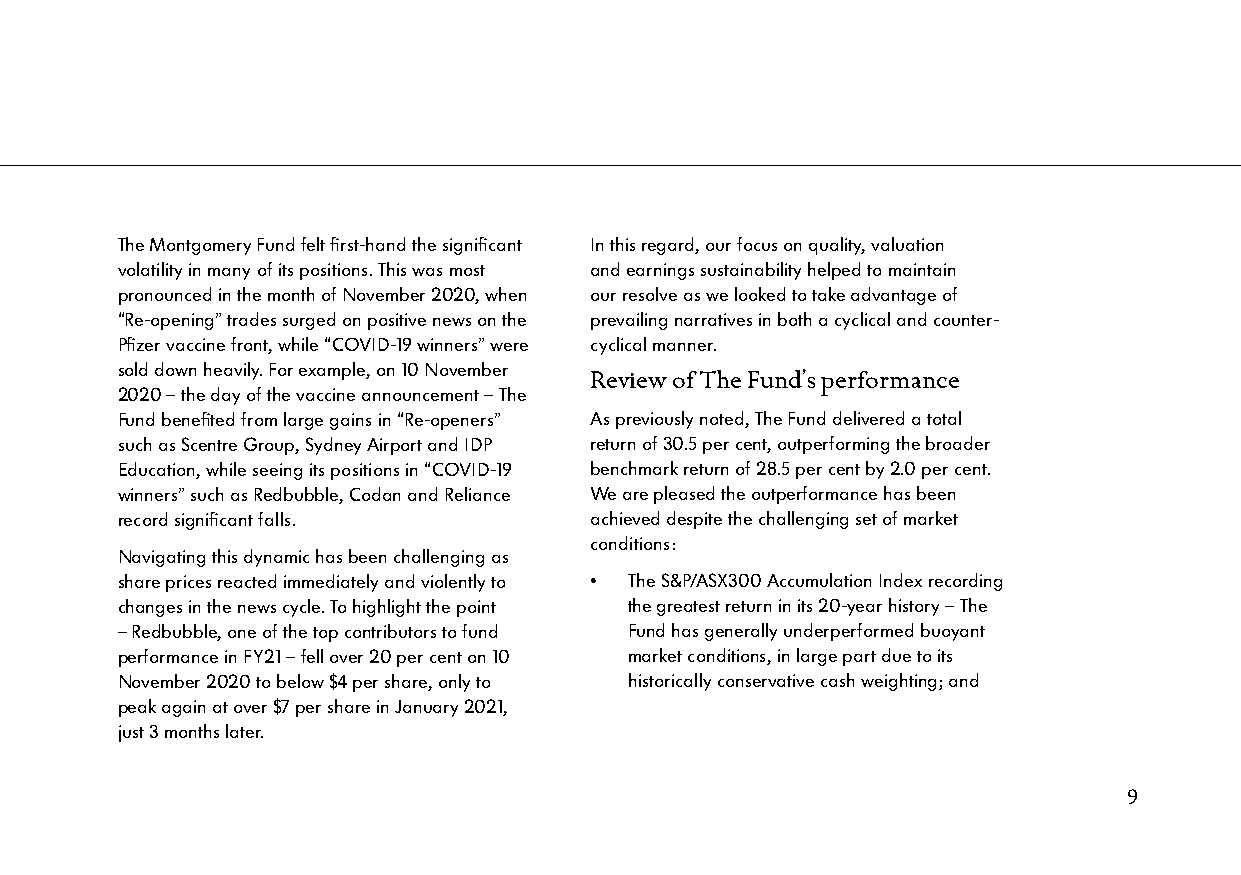
The Montgomery Fund felt first-hand the significant In this regard, our focus on quality, valuation
 volatility in many of its positions. This was most and earnings sustainability helped to maintain
 pronounced in the month of November 2020, when our resolve as we looked to take advantage of
 “Re-opening” trades surged on positive news on the prevailing narratives in both a cyclical and counter-
 Pfizer vaccine front, while “COVID-19 winners” were cyclical manner.
 sold down heavily. For example, on 10 November
 Review of The Fund’s performance
 2020 – the day of the vaccine announcement – The
 Fund benefited from large gains in “Re-openers” As previously noted, The Fund delivered a total
 such as Scentre Group, Sydney Airport and IDP return of 30.5 per cent, outperforming the broader
 Education, while seeing its positions in “COVID-19 benchmark return of 28.5 per cent by 2.0 per cent.
 winners” such as Redbubble, Codan and Reliance We are pleased the outperformance has been
 record significant falls.      achieved despite the challenging set of market
 conditions:
 Navigating this dynamic has been challenging as
 share prices reacted immediately and violently to • The S&P/ASX300 Accumulation Index recording
 changes in the news cycle. To highlight the point the greatest return in its 20-year history – The
 – Redbubble, one of the top contributors to fund Fund has generally underperformed buoyant
 performance in FY21 – fell over 20 per cent on 10 market conditions, in large part due to its
 November 2020 to below $4 per share, only to historically conservative cash weighting; and
 peak again at over $7 per share in January 2021,
 just 3 months later.
 9